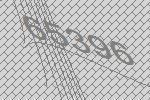
65396